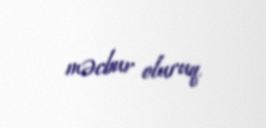
məcbur oluruq.